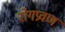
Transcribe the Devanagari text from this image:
रोगप्रवण